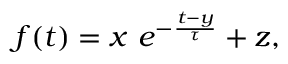
\begin{array} { r } { f ( t ) = x \ e ^ { - \frac { t - y } { \tau } } + z , } \end{array}